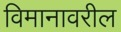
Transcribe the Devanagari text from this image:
विमानावरील